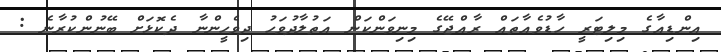
އިންޑިއާގެ މިލިޓަރީ ހާޑުވެއާތައް ރާއްޖޭގެ މިނިވަންކަން އަތުލާދުވަހު ދިވެހީންނާ ދެކޮޅަށް ބޭނުންކުރާނެ :